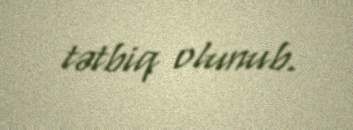
tətbiq olunub.